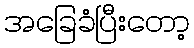
အခြေခံပြီးတော့